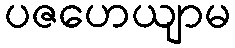
ပဇဟေယျာမ